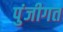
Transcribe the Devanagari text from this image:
पुंजीगत